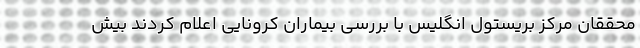
محققان مرکز بریستول انگلیس با بررسی بیماران کرونایی اعلام کردند بیش